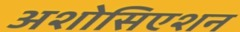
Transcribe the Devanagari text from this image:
अशोसिएशन